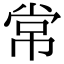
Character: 常